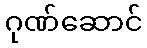
ဂုဏ်ဆောင်